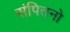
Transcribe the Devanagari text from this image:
संपितनो